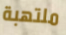
ملتهبة